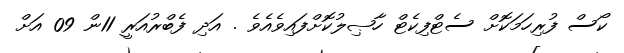
ކޯސް ފުރިހަމަކޮށް ސެޓްފިކެޓް ހާޞިލުކޮށްފައިވެއެވެ . އަދި ފެބްރުއަރީ 11ން 09 އަށް